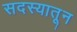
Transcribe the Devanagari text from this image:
सदस्यातून